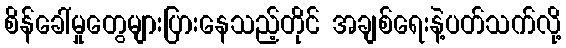
စိန်ခေါ်မှုတွေများပြားနေသည့်တိုင် အချစ်ရေးနဲ့ပတ်သက်လို့